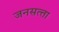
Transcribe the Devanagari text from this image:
जनसत्‍ता